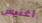
آغنيس